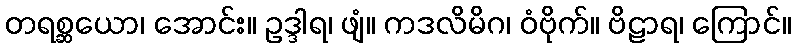
တရစ္ဆယော၊ အောင်း။ ဥဒ္ဒါရ၊ ဖျံ။ ကဒလိမိဂ၊ ဝံဗိုက်။ ဗိဠာရ၊ ကြောင်။